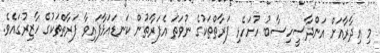
މި އިދާރާއަށް އަންދާސީހިސާބު ހުށަހެޅި ފަރާތްތަކުގެ ނުވަތަ އެފަރާތުން ކަނޑައަޅާފައިވާ ފަރާތްތަކުގެ ހާޒިރުގައެވެ.